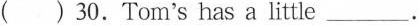
30.Tom's has a little ___ .